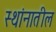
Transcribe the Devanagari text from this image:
स्थांनातील